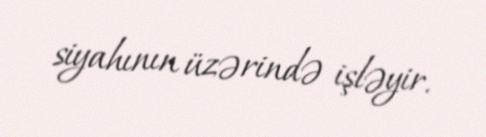
siyahının üzərində işləyir.